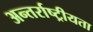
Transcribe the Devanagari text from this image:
अन्तर्राष्ट्रीयता